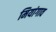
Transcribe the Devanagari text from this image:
मियांगाव